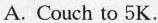
A. Couch to 5K.